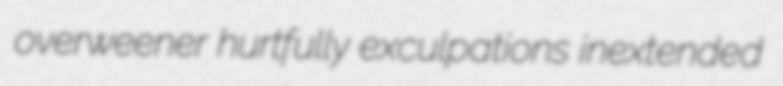
overweener hurtfully exculpations inextended